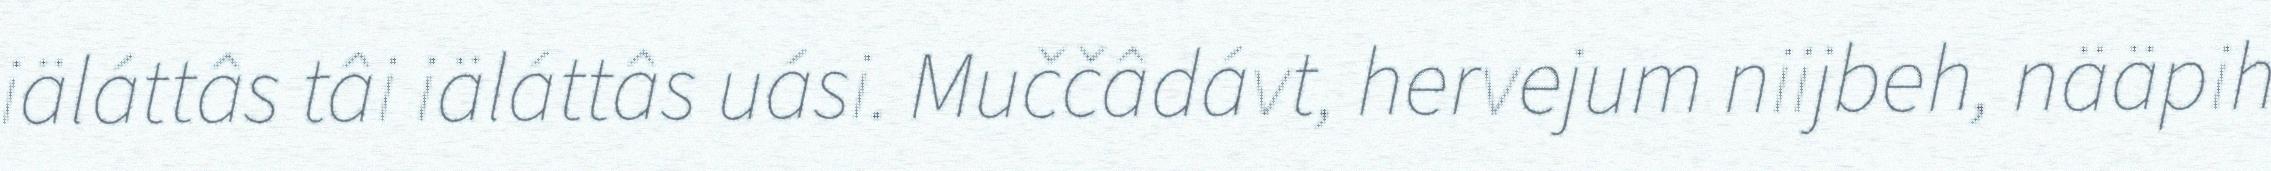
iäláttâs tâi iäláttâs uási. Muččâdávt, hervejum niijbeh, nääpih